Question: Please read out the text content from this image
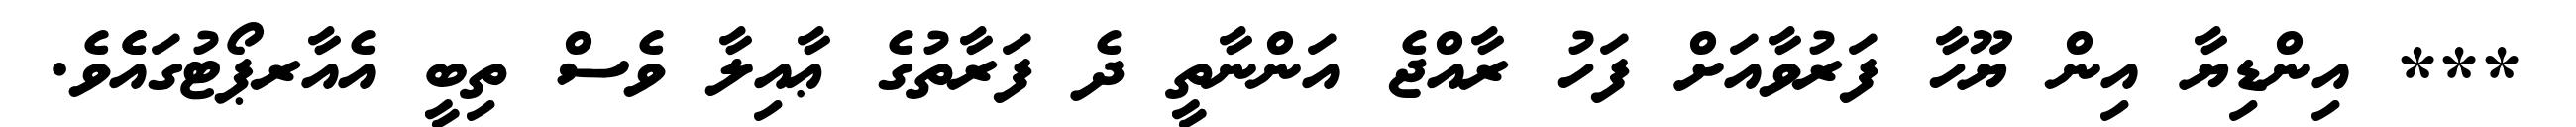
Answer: *** އިންޑިޔާ އިން ޔޫހާ ފަރުވާއަށް ފަހު ރާއްޖެ އަންނާތީ ދެ ފަރާތުގެ ޢާއިލާ ވެސް ތިބީ އެއާރޕޯޓުގައެެވެ.